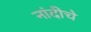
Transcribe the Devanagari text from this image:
नांदीचे